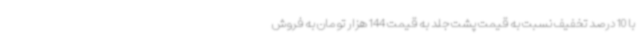
با 10 درصد تخفیف نسبت به قیمت پشت جلد به قیمت 144 هزار تومان به فروش